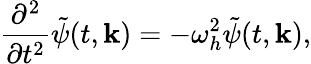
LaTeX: \frac{\partial^{2}}{\partial t^{2}}\tilde{\psi}(t,{\mathbf k})=-\omega_{h}^{2}\tilde{\psi}(t,{\mathbf k}),